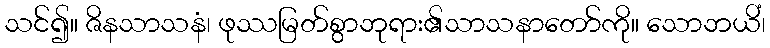
သင်၍။ ဇိနသာသနံ၊ ဖုဿမြတ်စွာဘုရား၏သာသနာတော်ကို။ သောဘယိံ၊